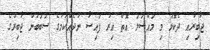
ޖާބިރާއި ދެކޮޅު މި މައްސަލަ އޮތް އިރު ފައިސާ ނުދެއްކުމުގެ ސަބަބުން ޖާބިރުގެ